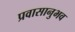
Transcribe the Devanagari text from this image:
प्रवासानुभव